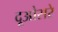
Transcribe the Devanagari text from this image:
दूओसरे